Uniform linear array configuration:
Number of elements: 48
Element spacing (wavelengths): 0.25
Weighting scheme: cosine
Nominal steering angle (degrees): -60
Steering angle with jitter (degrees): -59.618
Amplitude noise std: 0.05
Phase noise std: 0.05

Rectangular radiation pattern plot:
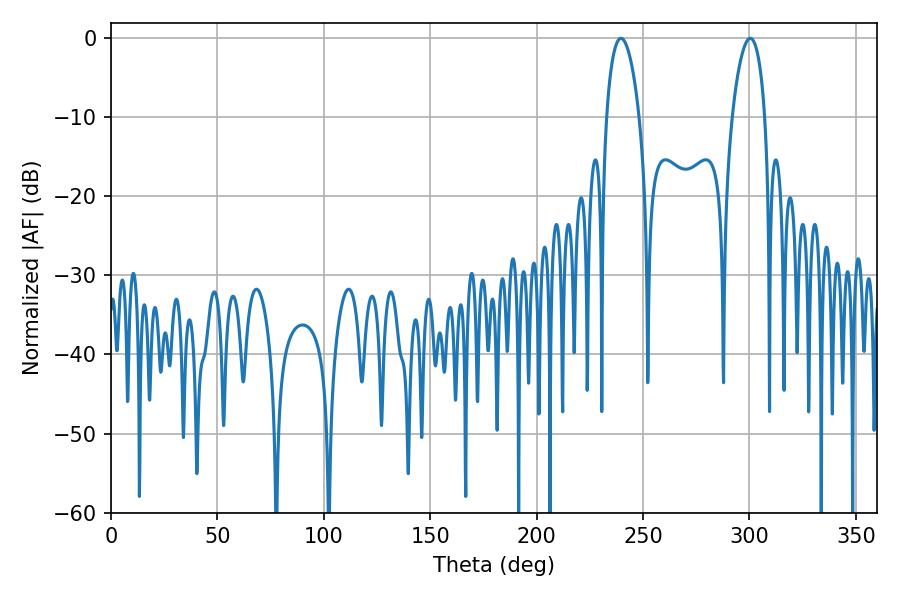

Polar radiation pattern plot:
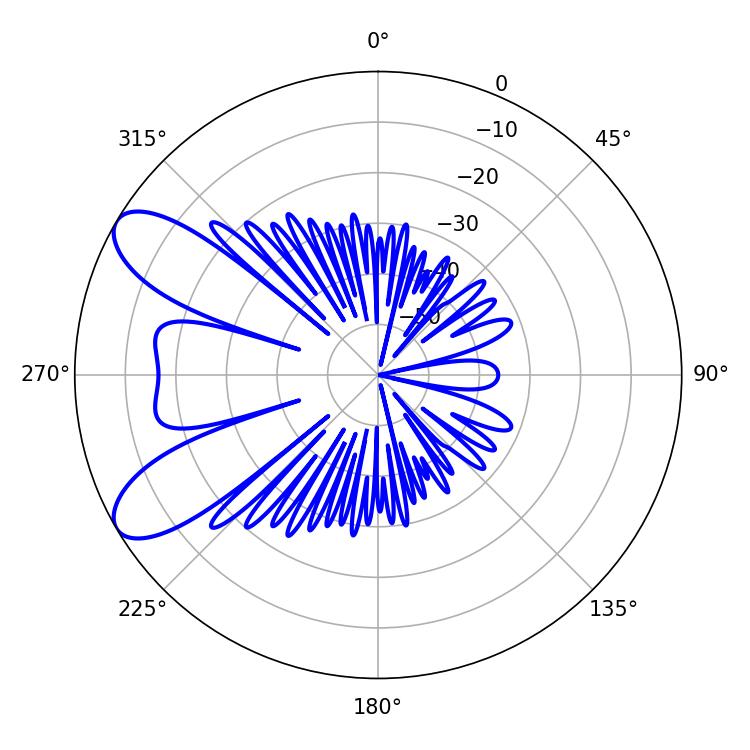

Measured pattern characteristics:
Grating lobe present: FALSE
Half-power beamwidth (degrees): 8.64
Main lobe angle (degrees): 239.58